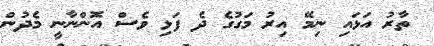
ތާރު އަޅައި ނިމޭ އިރު މަގުގެ ދެ ފަޅި ވެސް އޮންނާނީ މެދުން